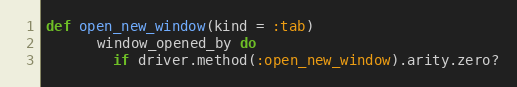
Language: Ruby
def open_new_window(kind = :tab)
      window_opened_by do
        if driver.method(:open_new_window).arity.zero?